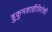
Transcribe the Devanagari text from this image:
हुकुमशाहीविरोधी